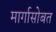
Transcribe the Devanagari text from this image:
मार्गासोबत